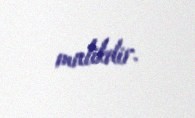
malikdir.